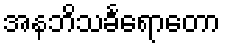
အနဘိသင်္ခရောတော